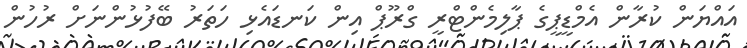
އައްޔަން ކުރާން އެމްޑީޕީގެ ޕާލިމެންޓްރީ ގްރޫޕް އިން ކަނޑައެޅި ހަތަރު ބޭފުޅުންނަށް ރުހުން